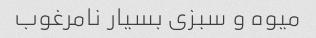
میوه و سبزی بسیار نامرغوب